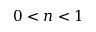
0 < n < 1